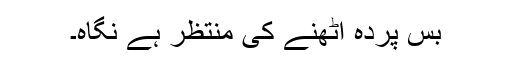
بس پردہ اُٹھنے کی منتظر ہے نگاہ۔